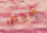
شخص